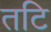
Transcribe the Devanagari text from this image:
तटि